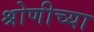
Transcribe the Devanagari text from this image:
श्रोणीच्या